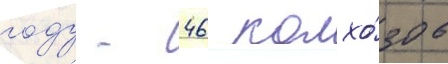
году - 46 колхо́зов